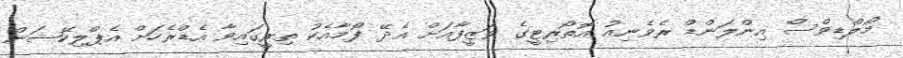
މޯލްޑިވްސް އިންލަންޑް ރެވެނިއު އޮތޯރިޓީގެ ވަޒީފާއަށް އެދޭ ފޯމާއެކު ތިރީގައިވާ އެޑްރެހަށް އެޕްލިކޭޝަން